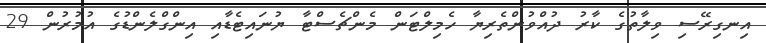
އިނގިރޭސި ވިލާތުގެ ކާރު ދުއްވުންތެރިޔާ ހެމިލްޓަން މެންޗެސްޓާ ޔުނައިޓެޑާއި އިންގްލެންޑުގެ އުމުރުން 29